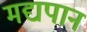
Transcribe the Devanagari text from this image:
मद्यपान